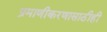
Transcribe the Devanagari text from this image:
प्रमाणीकरणासाठीही